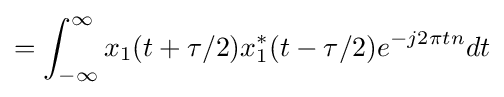
=\int _{-\infty }^{\infty }x_{1}(t+\tau /2)x_{1}^{*}(t-\tau /2)e^{-j2\pi tn}dt